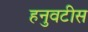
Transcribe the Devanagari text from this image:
हनुवटीस